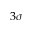
3 \sigma